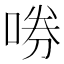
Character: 𫪤